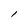
Character: l